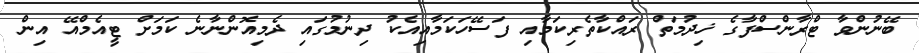
ބޭނުންވާ ޓްރާންސްފާގެ ޚިދުމަތް ރައްކާތެރިކަމާއި ފަސޭހަކަމާއިއެކު ދިނުމުގައި ދެމިއޮންނާނެ ކަމަށް ޓީއެމްއޭ އިން